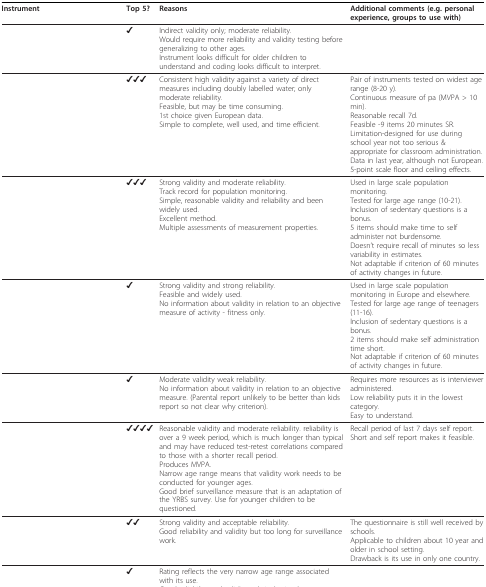
<table><thead><tr><td><b>Instrument</b></td><td><b>Top 5?</b></td><td><b>Reasons</b></td><td><b>Additional comments (e.g. personal experience, groups to use with)</b></td></tr></thead><tbody><tr><td>[EMPTY_CELL]</td><td>✔</td><td>Indirect validity only; moderate reliability.Would require more reliability and validity testing before generalizing to other ages.Instrument looks difficult for older children to understand and coding looks difficult to interpret.</td><td>[EMPTY_CELL]</td></tr><tr><td>[EMPTY_CELL]</td><td><b>✔✔✔</b></td><td>Consistent high validity against a variety of direct measures including doubly labelled water; only moderate reliability.Feasible, but may be time consuming.1st choice given European data.Simple to complete, well used, and time efficient.</td><td>Pair of instruments tested on widest age range (8-20 y).Continuous measure of pa (MVPA &gt; 10 min).Reasonable recall 7d.Feasible -9 items 20 minutes SR.Limitation-designed for use during school year not too serious &amp; appropriate for classroom administration.Data in last year, although not European.5-point scale floor and ceiling effects.</td></tr><tr><td>[EMPTY_CELL]</td><td><b>✔✔✔</b></td><td>Strong validity and moderate reliability.Track record for population monitoring.Simple, reasonable validity and reliability and been widely used.Excellent method.Multiple assessments of measurement properties.</td><td>Used in large scale population monitoring.Tested for large age range (10-21).Inclusion of sedentary questions is a bonus.5 items should make time to self administer not burdensome.Doesn't require recall of minutes so less variability in estimates.Not adaptable if criterion of 60 minutes of activity changes in future.</td></tr><tr><td>[EMPTY_CELL]</td><td>✔</td><td>Strong validity and strong reliability.Feasible and widely used.No information about validity in relation to an objective measure of activity - fitness only.</td><td>Used in large scale population monitoring in Europe and elsewhere.Tested for large age range of teenagers (11-16).Inclusion of sedentary questions is a bonus.2 items should make self administration time short.Not adaptable if criterion of 60 minutes of activity changes in future.</td></tr><tr><td>[EMPTY_CELL]</td><td>✔</td><td>Moderate validity weak reliability.No information about validity in relation to an objective measure. (Parental report unlikely to be better than kids report so not clear why criterion).</td><td>Requires more resources as is interviewer administered.Low reliability puts it in the lowest category.Easy to understand.</td></tr><tr><td>[EMPTY_CELL]</td><td><b>✔✔✔✔</b></td><td>Reasonable validity and moderate reliability. reliability is over a 9 week period, which is much longer than typical and may have reduced test-retest correlations compared to those with a shorter recall period.Produces MVPA.Narrow age range means that validity work needs to be conducted for younger ages.Good brief surveillance measure that is an adaptation of the YRBS survey. Use for younger children to be questioned.</td><td>Recall period of last 7 days self report.Short and self report makes it feasible.</td></tr><tr><td>[EMPTY_CELL]</td><td><b>✔✔</b></td><td>Strong validity and acceptable reliability.Good reliability and validity but too long for surveillance work.</td><td>The questionnaire is still well received by schools.Applicable to children about 10 year and older in school setting.Drawback is its use in only one country.</td></tr><tr><td>[EMPTY_CELL]</td><td>✔</td><td>Rating reflects the very narrow age range associated with its use.Good reliability and validity, relatively simple to complete. Could be used for longer surveillance measures. Items may be a little hard for younger children to understand.Good method but only for adolescents and only for leisure-time pa and sport.Excellent R and F, good V with no objective pa criterionSingle assessment.</td><td>[EMPTY_CELL]</td></tr></tbody></table>